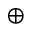
\oplus